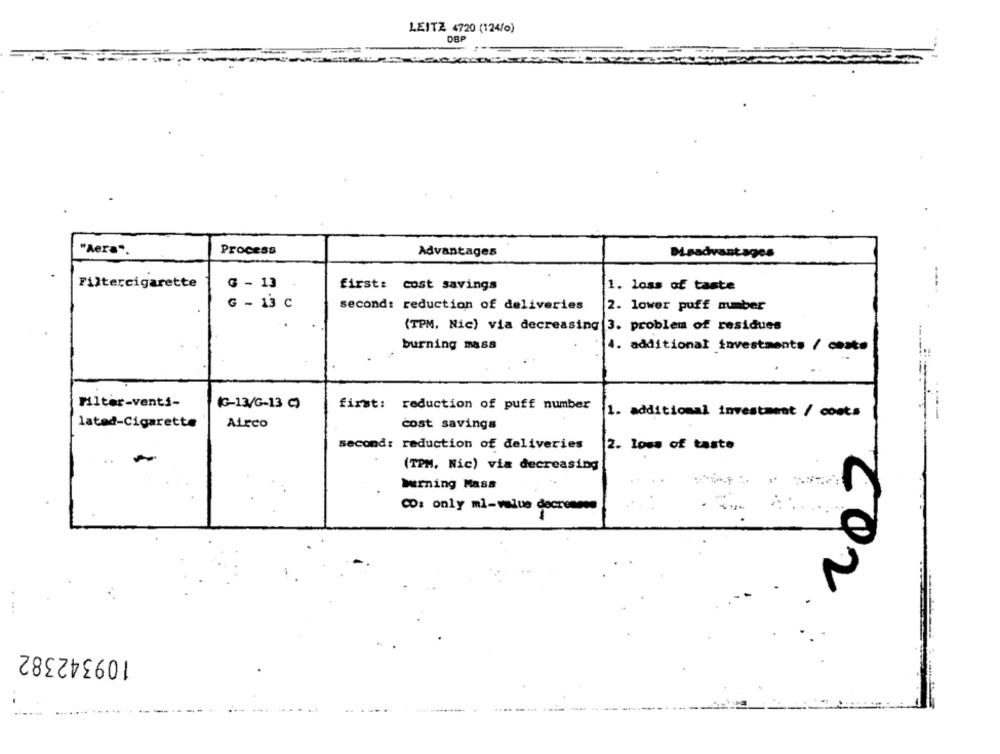
LEITZ 4720 (124/0)
DBP
"Aera".
Process
Advantages
Msadvantages
Filtercigarette
G - 13
first: cost savings
1. loss of taste
G - 13 C
second: reduction of deliveries
2. lower puff number
(TPM, Nic) via decreasing 3. problem of residues
burning mass
4. additional investments / cesto
Filter-venti-
(G-13/G-13 C)
first: reduction of puff number
1. additional investment / costs
lated-Cigarette
Airco
cost savings
second: reduction of deliveries
2. loss of taste
..
(TPM. Nic) via decreasing
Warning Mass
CD: only mi-value decrennes
202
109342382